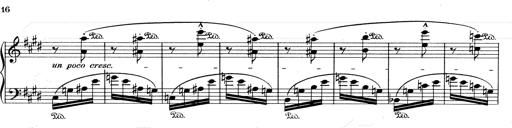
Title: Mephisto Waltz No.1
Composer: Franz Liszt